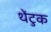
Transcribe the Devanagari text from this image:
थेंटुक